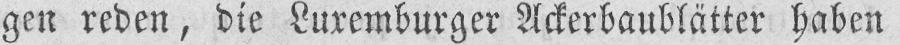
gen reden, die Luxemburger Ackerbaublätter haben